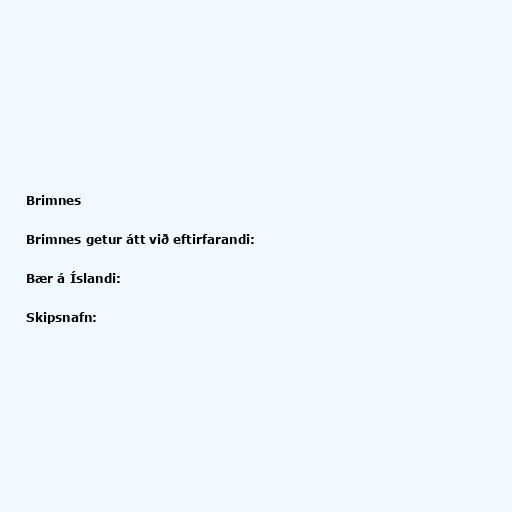
Brimnes

Brimnes getur átt við eftirfarandi:

Bær á Íslandi:

Skipsnafn: